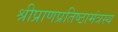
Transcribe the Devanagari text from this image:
श्रीप्राणप्रतिष्ठामंत्रस्य